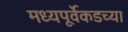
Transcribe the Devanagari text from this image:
मध्यपूर्वेकडच्या